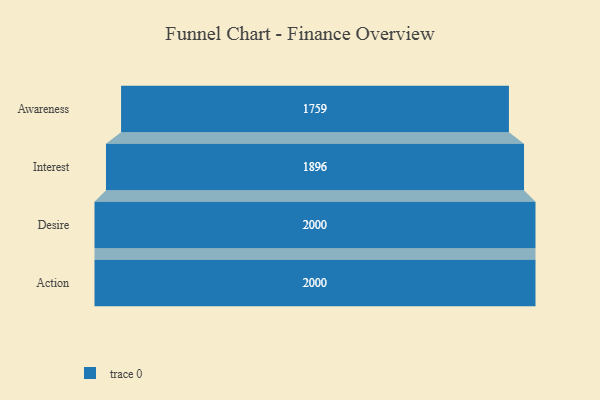
{"axis": {"x": "Stage", "y": "Value"}, "legend": [""], "data": [{"x": "Awareness", "y": 1759.0, "type": ""}, {"x": "Interest", "y": 1896.0, "type": ""}, {"x": "Desire", "y": 2000, "type": ""}, {"x": "Action", "y": 2000, "type": ""}]}